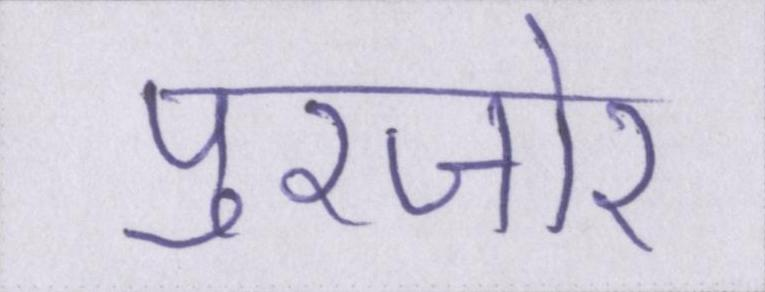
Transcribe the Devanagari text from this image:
पुरजोर